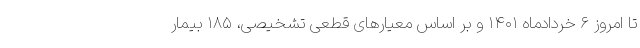
تا امروز ۶ خردادماه ۱۴۰۱ و بر اساس معیارهای قطعی تشخیصی، ۱۸۵ بیمار